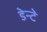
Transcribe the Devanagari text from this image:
डेन्टे